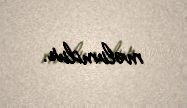
məlumdur.